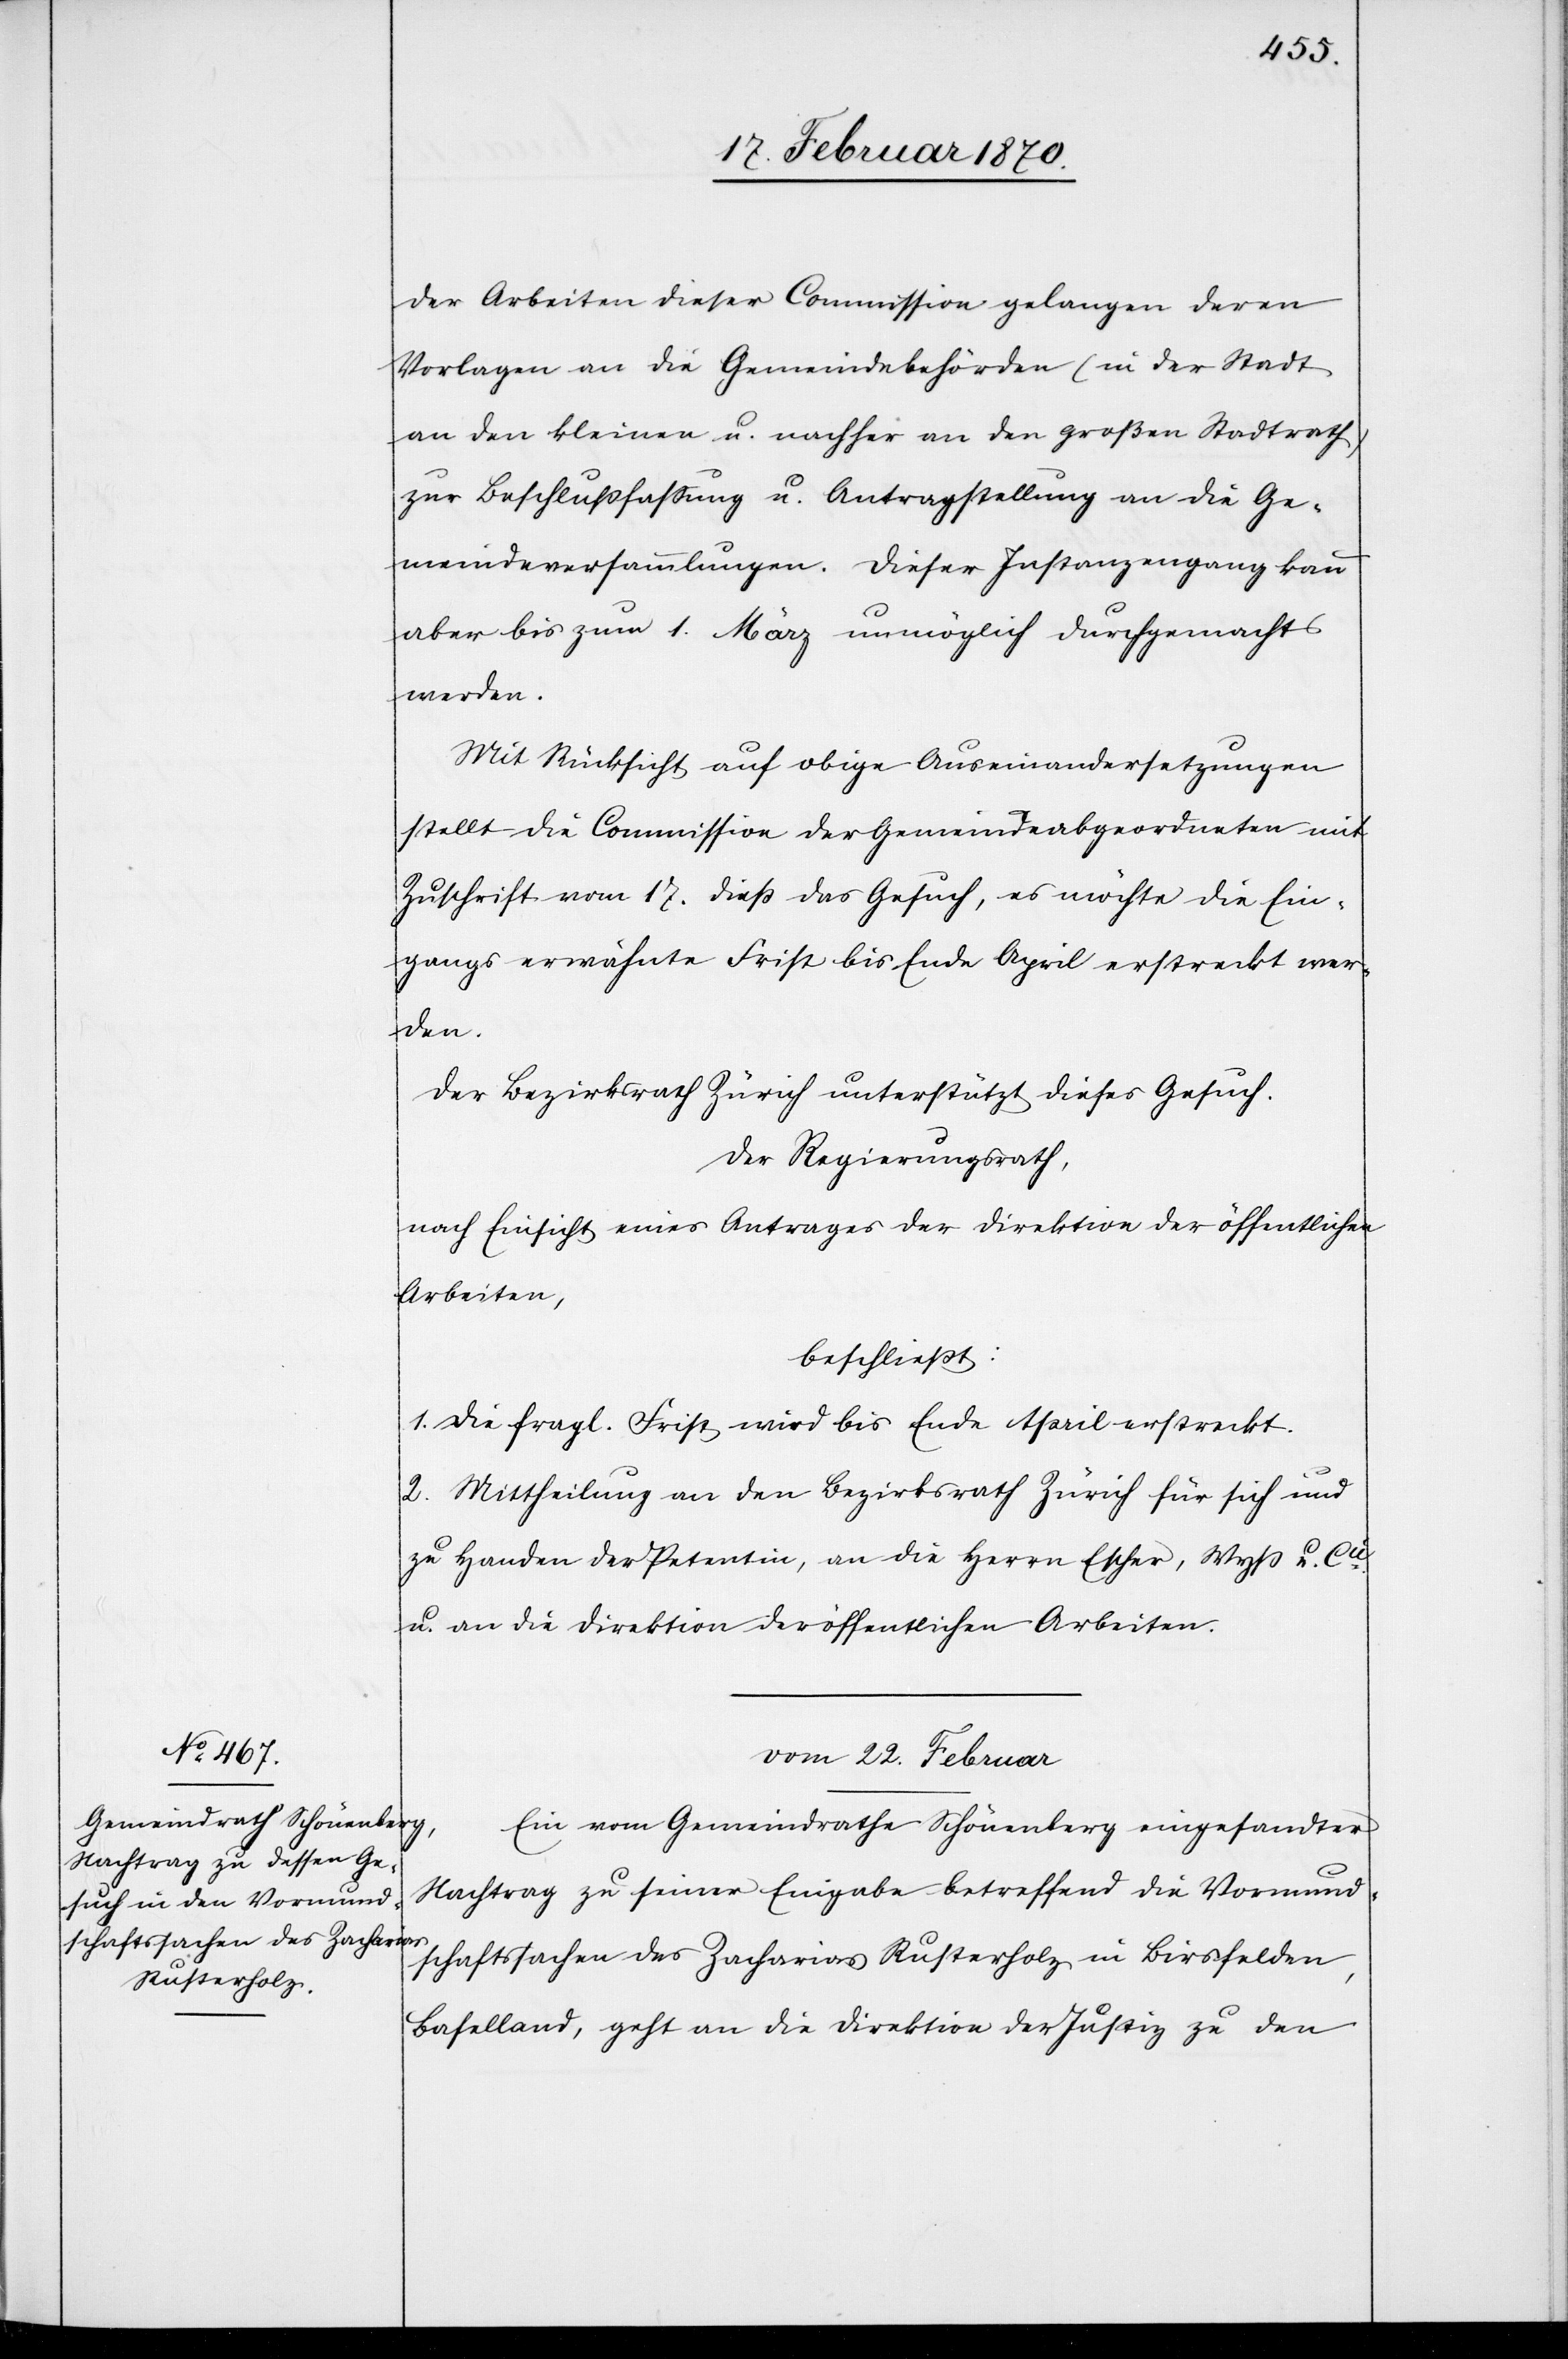
der Arbeiten dieser Commission gelangen deren
Vorlagen an die Gemeindebehörden (in der Stadt
an den kleinen u. nachher an den großen Stadtrath)
zur Beschlußfaßung u. Antragstellung an die Ge¬
meindeversammlungen. Dieser Instanzengang kann
aber bis zum 1. März unmöglich durchgemacht
werden.
Mit Rücksicht auf obige Auseinandersetzungen
stellt die Commission der Gemeindeabgeordneten mit
Zuschrift vom 17. dieß das Gesuch, es möchte die Ein¬
gangs erwähnte Frist bis Ende April erstreckt wer¬
den.
Der Bezirksrath Zürich unterstützt dieses Gesuch.
Der Regierungsrath,
nach Einsicht eines Antrages der Direktion der öffentlichen
Arbeiten,
beschließt:
1. Die fragl. Frist wird bis Ende April erstreckt.
2. Mittheilung an den Bezirksrath Zürich für sich und
zu Handen der Petentin, an die Herrn Escher, Wyß u. Cie.
u. an die Direktion der öffentlichen Arbeiten.
vom 22. Februar
Ein vom Gemeindrathe Schönenberg eingesandter
Nachtrag zu seiner Eingabe betreffend die Vormund¬
schaftssachen des Zacharias Rusterholz, in Birsfelden,
Baselland, geht an die Direktion der Justiz zu den